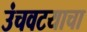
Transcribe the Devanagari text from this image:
उंचवटयाचा